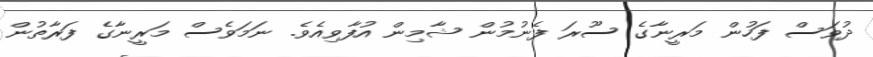
ދުވަސް ފަހުން މަރީނާގެ ސޫރަ ފެނުމުން ޝާމިން އުފާވިއެވެ. ނަމަވެސް މަރީނާގެ ފަރާތުން